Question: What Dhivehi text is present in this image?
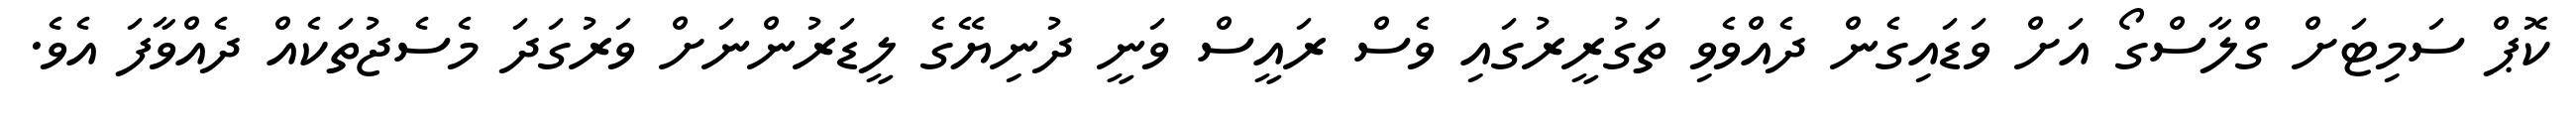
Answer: ކޮޕް ސަމިޓަށް ގްލާސްގޯ އަށް ވަޑައިގެން ދެއްވެވި ތަގުރީރުގައި ވެސް ރައީސް ވަނީ ދުނިޔޭގެ ލީޑަރުންނަށް ވަރުގަދަ މެސެޖުތަކެއް ދެއްވާފަ އެވެ.